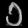
Digit: ၁